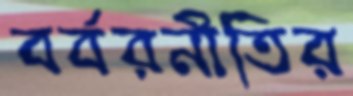
বর্বরনীতির